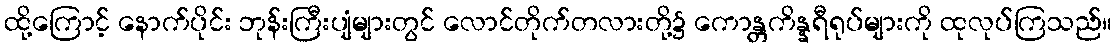
ထို့ကြောင့် နောက်ပိုင်း ဘုန်းကြီးပျံများတွင် လောင်တိုက်တလားတို့၌ ကောန္တကိန္နရီရုပ်များကို ထုလုပ်ကြသည်။